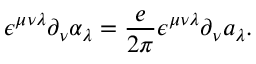
\epsilon ^ { \mu \nu \lambda } \partial _ { \nu } \alpha _ { \lambda } = \frac { e } { 2 \pi } \epsilon ^ { \mu \nu \lambda } \partial _ { \nu } a _ { \lambda } .